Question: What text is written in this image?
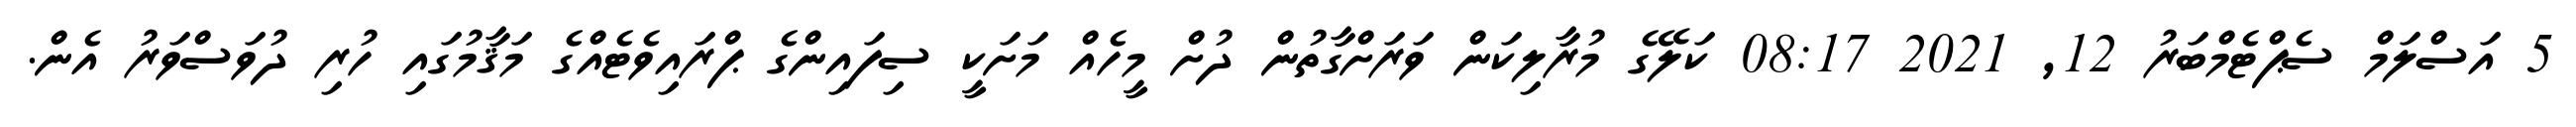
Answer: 5 އަސްލަމް ސެޕްޓެމްބަރު 12, 2021 08:17 ކަލޭގެ މުރާލިކަން ވަރަށްގާތުން ދުށް މީހެއް މަށަކީ ސިފައިންގެ ޕްރައިވެޓެއްގެ މަޤާމުގައި ހުރި ދުވަސްވަރު އެން.